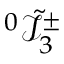
{ ^ 0 \tilde { \mathcal { I } } _ { 3 } ^ { \pm } }